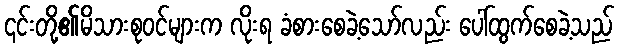
၎င်းတို့၏မိသားစုဝင်များက လိုးရ ခံစားစေခဲ့သော်လည်း ပေါ်ထွက်စေခဲ့သည်